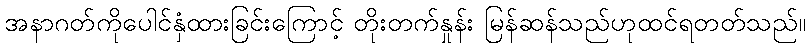
အနာဂတ်ကိုပေါင်နှံထားခြင်းကြောင့် တိုးတက်နှုန်း မြန်ဆန်သည်ဟုထင်ရတတ်သည်။